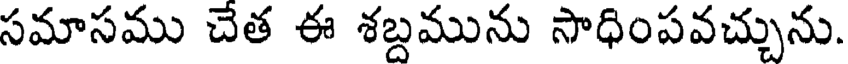
సమాసము చేత ఈ శబ్దమును సాధింపవచ్చును.